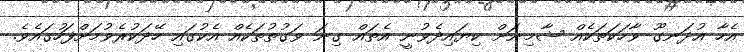
އެހާ އުދަނގޫ ވާހަކަތަކެއް ޝާމިނަށް ކިޔައިދެވުނީ އެތައް ގިނަ ވަގުތުތަކެއް އެކުގައި ހޭދަކުރެވުމަށްފަހުގައެވެ.